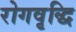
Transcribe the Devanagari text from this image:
रोगवृद्धि